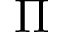
\Pi